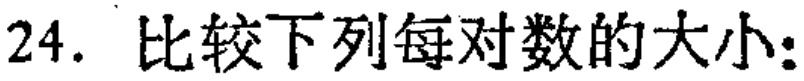
24. 比较下列每对数的大小：